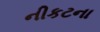
નીકટના